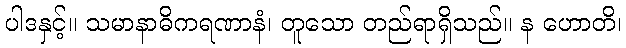
ပါဒနှင့်။ သမာနာဓိကရဏာနံ၊ တူသော တည်ရာရှိသည်။ န ဟောတိ၊